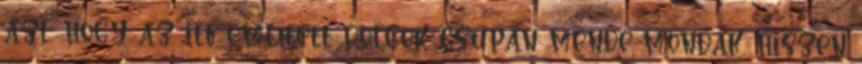
azt, hogy az itt említett dolgok csupán mende-mondák, hiszen